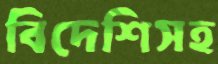
বিদেশিসহ